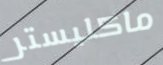
ماكليستر